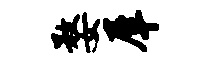
婺犀